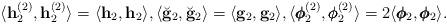
LaTeX: \begin{align*} \langle \mathbf h_2^{(2)}, \mathbf h_2^{(2)}\rangle = \langle \mathbf h_2,\mathbf h_2 \rangle, \langle \breve{\mathbf g}_2, \breve{\mathbf g}_2 \rangle = \langle \mathbf g_2, \mathbf g_2 \rangle, \langle \pmb{\phi}_2^{(2)}, \pmb{\phi}_2^{(2)}\rangle = 2 \langle \pmb{\phi}_2, \pmb{\phi}_2\rangle. \end{align*}